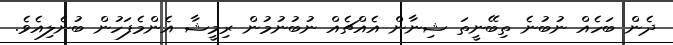
ދެން ބަހެއް ނުބުނެ ތިބޭނީތަ ޝިނާން އެއްޗެއް ނުބުނުމުން ރިމީޝާ އެންމެފަހުން ބުނެލިއެވެ.